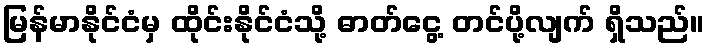
မြန်မာနိုင်ငံမှ ထိုင်းနိုင်ငံသို့ ဓာတ်ငွေ့ တင်ပို့လျက် ရှိသည်။